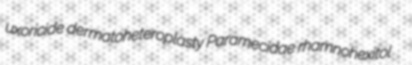
uxoricide dermatoheteroplasty Paramecidae rhamnohexitol